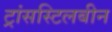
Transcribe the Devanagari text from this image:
ट्रांसस्टिलबीन